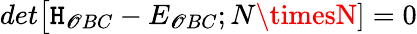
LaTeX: det\big[\mathtt{H}_{\mathscr{O}BC}-E_{\mathscr{O}BC};N\timesN]=0